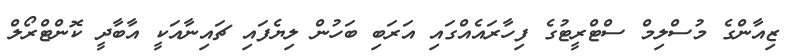
ޒިއާންގެ މުސްލިމް ސްޓްރީޓުގެ ފިހާރައެއްގައި އަރަބި ބަހުން ލިޔެފައި ޗައިނާއަކީ އާބާދީ ކޮންޓްރޯލް